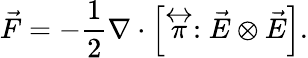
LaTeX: \vec{F}=-\frac{1}{2}\nabla\cdot\left[\stackrel{\leftrightarrow}{\pi}:\vec{E}\otimes\vec{E}\right].